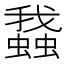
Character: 𧒎